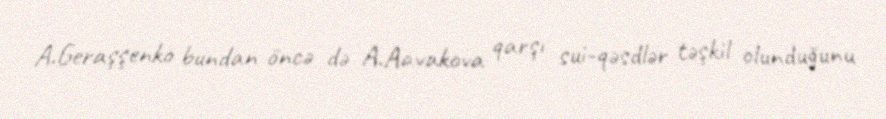
A.Geraşşenko bundan öncə də A.Aavakova qarşı sui-qəsdlər təşkil olunduğunu